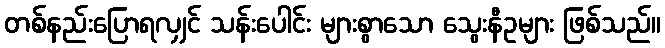
တစ်နည်းပြောရလျှင် သန်းပေါင်း များစွာသော သွေးနီဥများ ဖြစ်သည်။